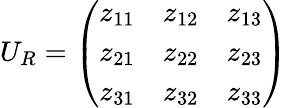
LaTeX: U_{R}=\left(\begin{array}{ccc}{{z_{11}}}&{{z_{12}}}&{{z_{13}}}\\ {{z_{21}}}&{{z_{22}}}&{{z_{23}}}\\ {{z_{31}}}&{{z_{32}}}&{{z_{33}}}\end{array}\right)